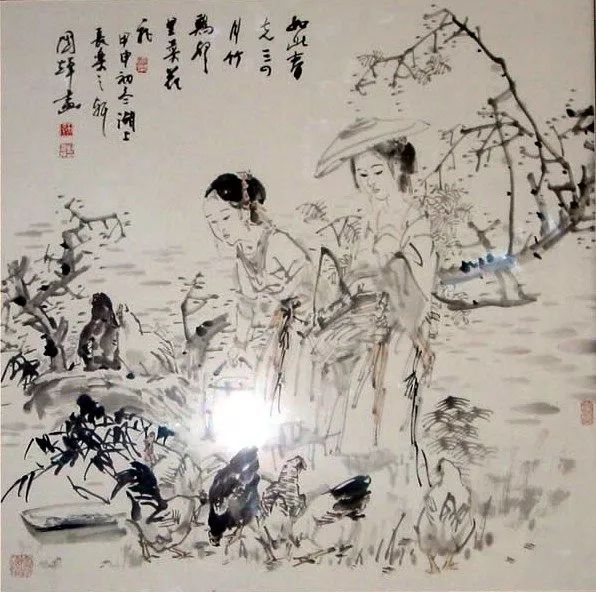
败荷零落，衰杨掩映，岸边两两三三，浣沙游女。